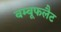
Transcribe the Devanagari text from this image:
बम्बूफलैट